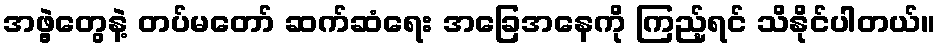
အဖွဲ့တွေနဲ့ တပ်မတော် ဆက်ဆံရေး အခြေအနေကို ကြည့်ရင် သိနိုင်ပါတယ်။